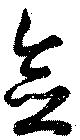
念